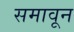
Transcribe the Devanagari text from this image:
समावून